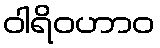
ဝါရိဝဟာဝ